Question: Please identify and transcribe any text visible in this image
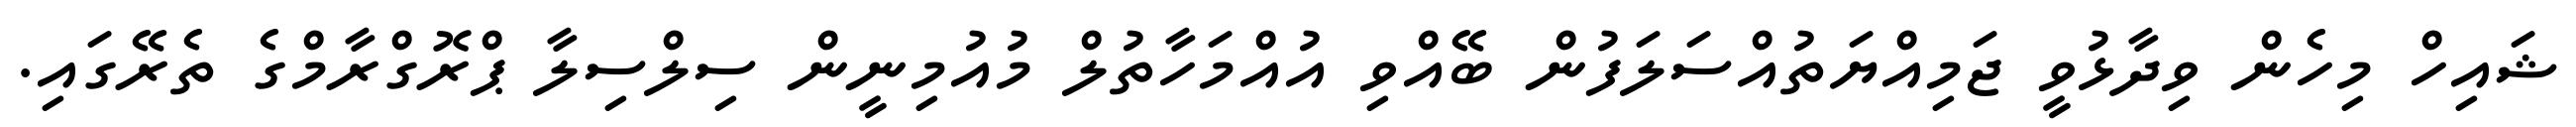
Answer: ޝައިހް މިހެން ވިދާޅުވީ ޖަމިއްޔަތުއްސަލަފުން ބޭއްވި އުއްމަހާތުލް މުއުމިނީން ސިލްސިލާ ޕްރޮގްރާމްގެ ތެރޭގައި.